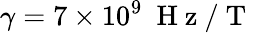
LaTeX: \gamma=7\times 10^{9}~\mathrm{~H~z~/~T~}